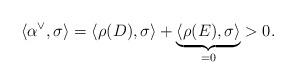
LaTeX: \begin{align*}\langle\alpha^\vee,\sigma\rangle = \langle \rho(D),\sigma\rangle + \underbrace{\langle\rho(E),\sigma\rangle}_{=0} >0.\end{align*}